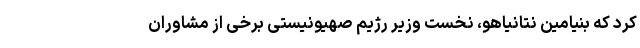
کرد که بنیامین نتانیاهو، نخست وزیر رژیم صهیونیستی برخی از مشاوران